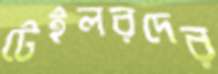
টেইলরদের